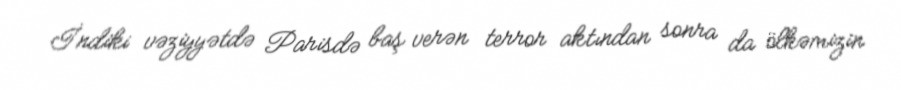
İndiki vəziyyətdə Parisdə baş verən terror aktından sonra da ölkəmizin